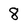
Character: 8